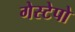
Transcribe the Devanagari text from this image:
गेस्टेपो